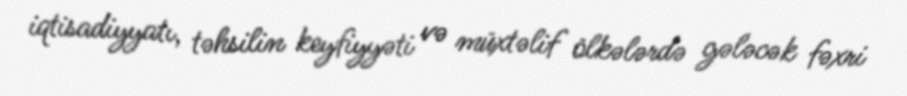
iqtisadiyyatı, təhsilin keyfiyyəti və müxtəlif ölkələrdə gələcək fəxri